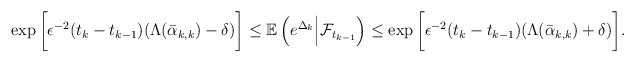
\begin{align*}\exp\bigg[\epsilon^{-2}(t_{k}-t_{k-1})(\Lambda(\bar \alpha_{k,k})-\delta)\bigg] \le \mathbb E\left(e^{\Delta_k}\Big|\mathcal{F}_{t_{k-1}}\right) \le \exp \bigg[\epsilon^{-2}(t_{k}-t_{k-1})(\Lambda(\bar \alpha_{k,k})+\delta)\bigg].\end{align*}